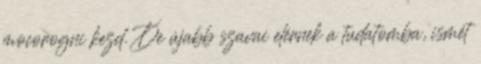
mocorogni kezd. De újabb szavai elérnek a tudatomba, ismét